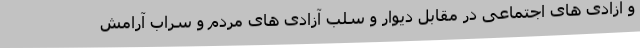
و آزادی های اجتماعی در مقابل دیوار و سلب آزادی های مردم و سراب آرامش